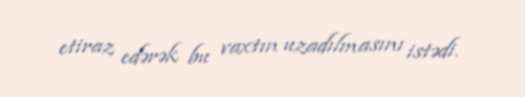
etiraz edərək bu vaxtın uzadılmasını istədi.